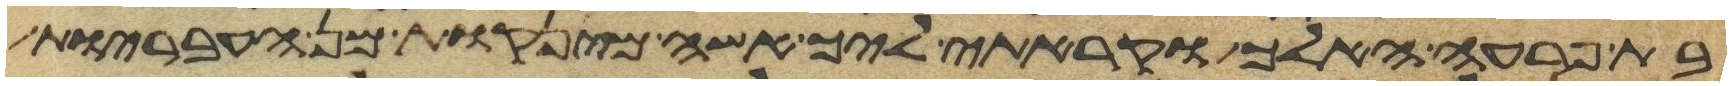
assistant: בת פרעה האלך וקראתי ליך אשה מינקות מן העבריות